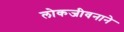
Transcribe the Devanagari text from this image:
लोकजीवनाने